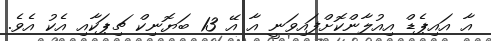
އާ އައިޕެޑް އިއުލާންކޮށްފައިވަނީ އާ އޭ 13 ބަޔޮނިކް ޗިޕަކާއި އެކު އެވެ.